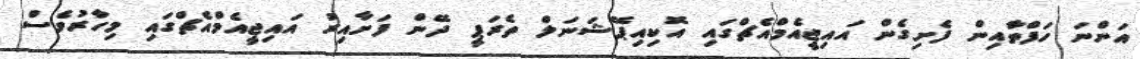
އަންނަ ހަފްތާއިން ފެށިގެން އައިޖީއެމްއެޗްގައި އޮކިއިޕޭޝަނަލް ތެރަޕީ ދޭން ފަށާއިރު އައިޖީއެމްއެޗްގައި މިހާރުވެސް